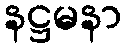
နဋ္ဌမနာ